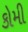
કોમી